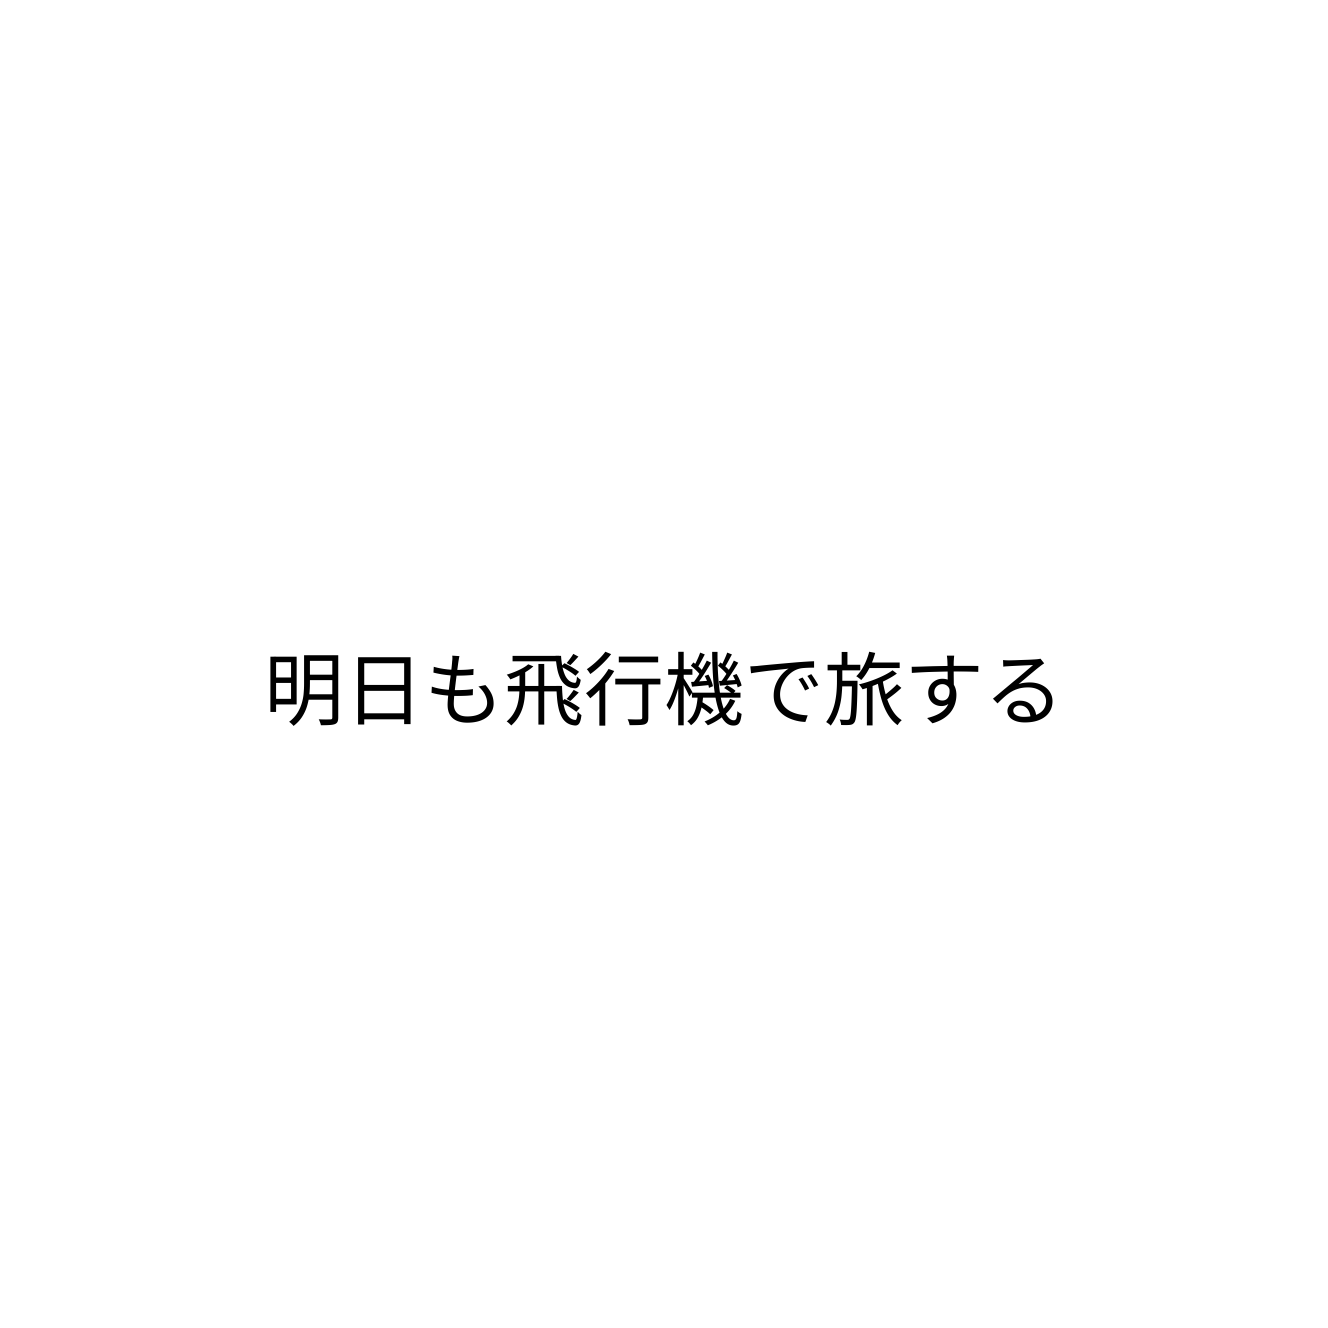
明日も飛行機で旅する